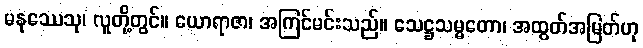
မနုဿေသု၊ လူတို့တွင်။ ယောရာဇာ၊ အကြင်မင်းသည်။ သေဋ္ဌသမ္မတော၊ အထွတ်အမြတ်ဟု